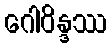
ဂေါဝိန္ဒဿ